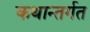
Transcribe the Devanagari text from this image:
कथान्तर्गत